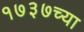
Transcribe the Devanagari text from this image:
१७३७च्या